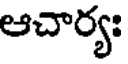
ఆచార్యః